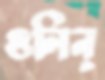
গুলিন্‌